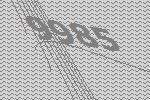
9985